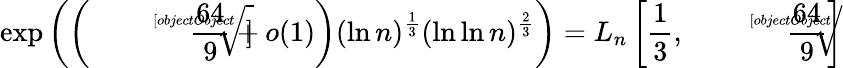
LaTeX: \exp\left(\left({\sqrt[[objectObject]]{\frac{64}{9}}}+o(1)\right)(\ln n)^{\frac{1}{3}}(\ln\ln n)^{\frac{2}{3}}\right)=L_{n}\left[{\frac{1}{3}},{\sqrt[[objectObject]]{\frac{64}{9}}}\right]